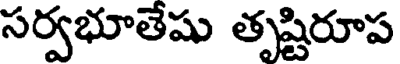
సర్వభూతేషు తృష్టిరూప